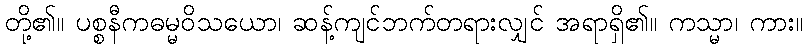
တို့၏။ ပစ္စနီကဓမ္မဝိသယော၊ ဆန့်ကျင်ဘက်တရားလျှင် အရာရှိ၏။ ကသ္မာ၊ ကား။